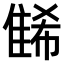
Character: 𨿛